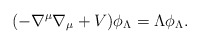
\begin{align*} (-\nabla^\mu\nabla_\mu+V)\phi_\Lambda=\Lambda \phi_\Lambda.\end{align*}